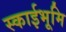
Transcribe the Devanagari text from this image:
स्काईभूमि